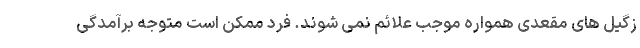
زگیل های مقعدی همواره موجب علائم نمی شوند. فرد ممکن است متوجه برآمدگی